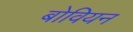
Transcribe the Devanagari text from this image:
बोवियन